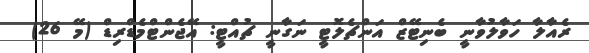
ރެއާލާ ހަވާލުވާނީ ބެނިޓޭޒް އަންޗެލޮޓީ ނަގާނީ ޗުއްޓީ: އޭޖެންޓްމެޑްރިޑް (މޭ 26)